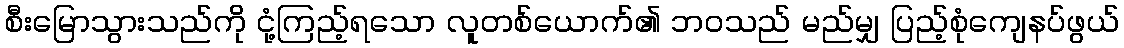
စီးမြောသွားသည်ကို ငုံ့ကြည့်ရသော လူတစ်ယောက်၏ ဘဝသည် မည်မျှ ပြည့်စုံကျေနပ်ဖွယ်